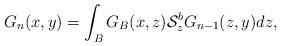
LaTeX: \begin{align*}G_{n}(x,y)=\int_{B}G_{B}(x,z)\mathcal{S}^{b}_{z}G_{n-1}(z,y)dz,\end{align*}